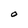
Character: O